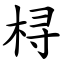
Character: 桪